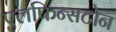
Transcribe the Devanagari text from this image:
एलफिन्सटोन